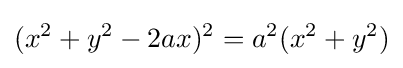
(x^{2}+y^{2}-2ax)^{2}=a^{2}(x^{2}+y^{2})